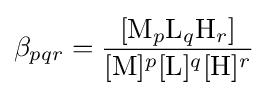
\beta _{pqr}={\frac {[\mathrm {M} _{p}\mathrm {L} _{q}\mathrm {H} _{r}]}{[\mathrm {M} ]^{p}[\mathrm {L} ]^{q}[\mathrm {H} ]^{r}}}